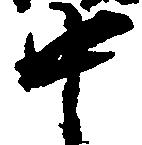
中